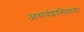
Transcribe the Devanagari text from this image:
आचार्यशान्तिसागर